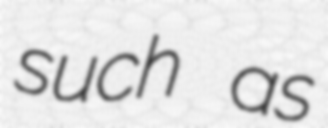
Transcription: such as